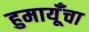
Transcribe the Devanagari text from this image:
हुमायूँचा